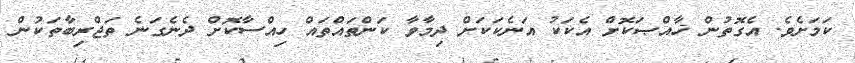
ކަމަށެވެ. އެގޮތުން ޚާއްޞަކޮށް އެކަކު އަނެކަކަށް ދިމާވާ ކަންތައްތައް ހިއްސާކޮށް ދެނެގަނެ ތަޖްރިބާތަކުން